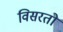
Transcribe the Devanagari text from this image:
विसरतो